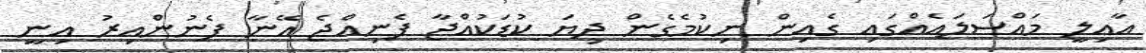
އާއިލީ މައްސަލައެއްގައި ގެއިން ނިކުމެގެން ދިޔަ ކުޑަކުއްޖާ ފެނިއްޖެ އޭނާ ފެނުންއިރު އިނީ